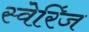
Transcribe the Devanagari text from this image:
स्वेरिंज